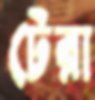
টেরা